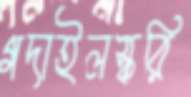
গদাইলস্করি